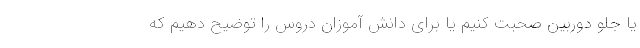
یا جلو دوربین صحبت کنیم یا برای دانش آموزان دروس را توضیح دهیم که